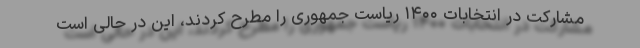
مشارکت در انتخابات ۱۴۰۰ ریاست جمهوری را مطرح کردند، این در حالی است